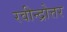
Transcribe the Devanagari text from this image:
रवीन्द्रोत्तर